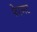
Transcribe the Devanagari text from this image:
फेस्गट